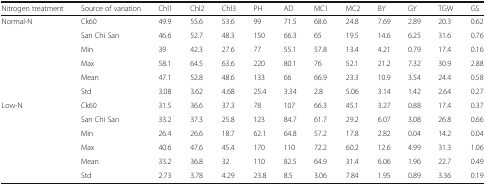
| Nitrogen treatment | Source of variation | Chl1 | Chl2 | Chl3 | PH | AD | MC1 | MC2 | BY | GY | TGW | GS |
 | --- | --- | --- | --- | --- | --- | --- | --- | --- | --- | --- | --- | --- |
 | <ROWSPAN=6> Normal-N | Ck60 | 49.9 | 55.6 | 53.6 | 99 | 71.5 | 68.6 | 24.8 | 7.69 | 2.89 | 20.3 | 0.62 |
 | San Chi San | 46.6 | 52.7 | 48.3 | 150 | 66.3 | 65 | 19.5 | 14.6 | 6.25 | 31.6 | 0.76 |
 | Min | 39 | 42.3 | 27.6 | 77 | 55.1 | 57.8 | 13.4 | 4.21 | 0.79 | 17.4 | 0.16 |
 | Max | 58.1 | 64.5 | 63.6 | 220 | 80.1 | 76 | 52.1 | 21.2 | 7.32 | 30.9 | 2.88 |
 | Mean | 47.1 | 52.8 | 48.6 | 133 | 66 | 66.9 | 23.3 | 10.9 | 3.54 | 24.4 | 0.58 |
 | Std | 3.08 | 3.62 | 4.68 | 25.4 | 3.34 | 2.8 | 5.06 | 3.14 | 1.42 | 2.64 | 0.27 |
 | <ROWSPAN=6> Low-N | Ck60 | 31.5 | 36.6 | 37.3 | 78 | 107 | 66.3 | 45.1 | 3.27 | 0.88 | 17.4 | 0.37 |
 | San Chi San | 33.2 | 37.3 | 25.8 | 123 | 84.7 | 61.7 | 29.2 | 6.07 | 3.08 | 26.8 | 0.66 |
 | Min | 26.4 | 26.6 | 18.7 | 62.1 | 64.8 | 57.2 | 17.8 | 2.82 | 0.04 | 14.2 | 0.04 |
 | Max | 40.6 | 47.6 | 45.4 | 170 | 110 | 72.2 | 60.2 | 12.6 | 4.99 | 31.3 | 1.06 |
 | Mean | 33.2 | 36.8 | 32 | 110 | 82.5 | 64.9 | 31.4 | 6.06 | 1.96 | 22.7 | 0.49 |
 | Std | 2.73 | 3.78 | 4.29 | 23.8 | 8.5 | 3.06 | 7.84 | 1.95 | 0.89 | 3.36 | 0.19 |